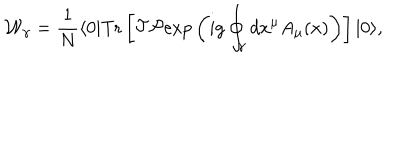
{ \cal W } _ { \gamma } = { \frac { 1 } { N } } \langle 0 | \mathrm { T r } \left[ { \cal T } { \cal P } \mathrm { e x p } \left( i g \oint _ { \gamma } d x ^ { \mu } A _ { \mu } ( x ) \right) \right] | 0 \rangle ,